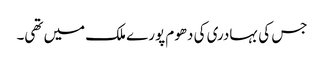
جس کی بہادری کی دھوم پورے ملک میں تھی۔